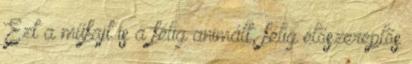
Ezt a műfajt is a félig animált, félig élőszereplős